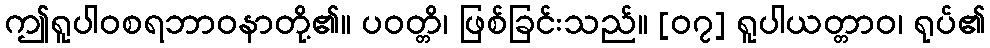
ဤရူပါဝစရဘာဝနာတို့၏။ ပဝတ္တိ၊ ဖြစ်ခြင်းသည်။ [၀၇] ရူပါယတ္တာဝ၊ ရုပ်၏